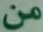
من